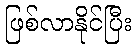
ဖြစ်လာနိုင်ပြီး